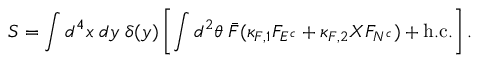
S = \int d ^ { 4 } x \; d y \; \delta ( y ) \left[ \int d ^ { 2 } \theta \; \bar { F } ( \kappa _ { F , 1 } F _ { { \cal E } ^ { c } } + \kappa _ { F , 2 } X F _ { { \cal N } ^ { c } } ) + \mathrm { h . c . } \right] .